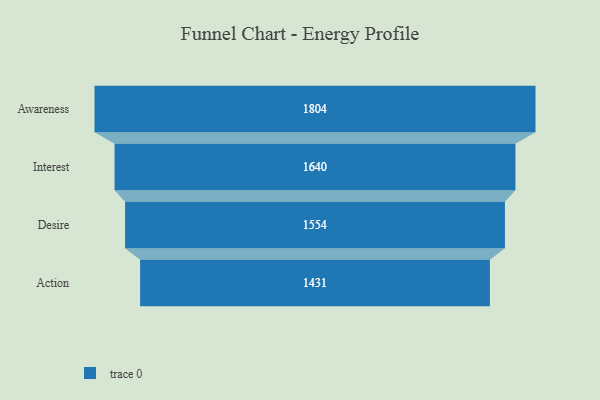
{"axis": {"x": "Stage", "y": "Value"}, "legend": [""], "data": [{"x": "Awareness", "y": 1804.0, "type": ""}, {"x": "Interest", "y": 1640.0, "type": ""}, {"x": "Desire", "y": 1554.0, "type": ""}, {"x": "Action", "y": 1431.0, "type": ""}]}